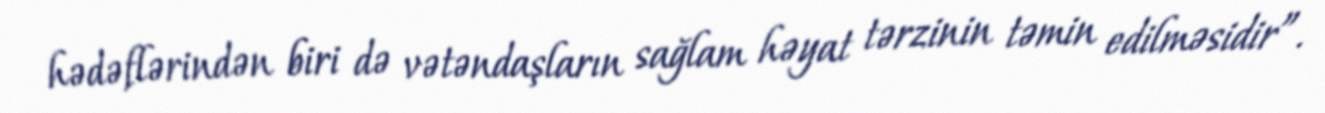
hədəflərindən biri də vətəndaşların sağlam həyat tərzinin təmin edilməsidir”.